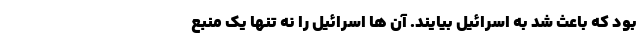
بود که باعث شد به اسرائیل بیایند. آن ها اسرائیل را نه تنها یک منبع